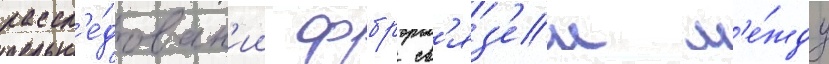
рассл'е́дован'ии фбр св'яз'еи м'е́жду